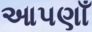
આપણાઁ